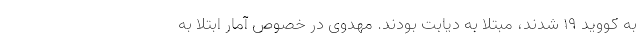
به کووید ۱۹ شدند، مبتلا به دیابت بودند. مهدوی در خصوص آمار ابتلا به